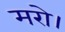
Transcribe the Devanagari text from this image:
मरो।